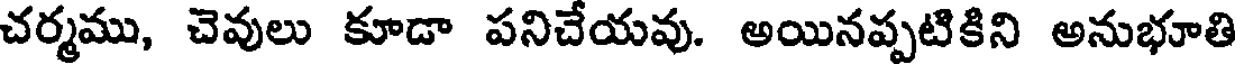
చర్మము, చెవులు కూడా పనిచేయవు. అయినప్పటికిని అనుభూతి